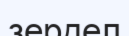
зердел